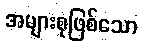
အများစုဖြစ်သော